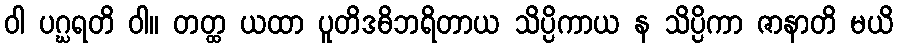
ဝါ ပဂ္ဃရတိ ဝါ။ တတ္ထ ယထာ ပူတိဒဓိဘရိတာယ သိပ္ပိကာယ န သိပ္ပိကာ ဇာနာတိ မယိ